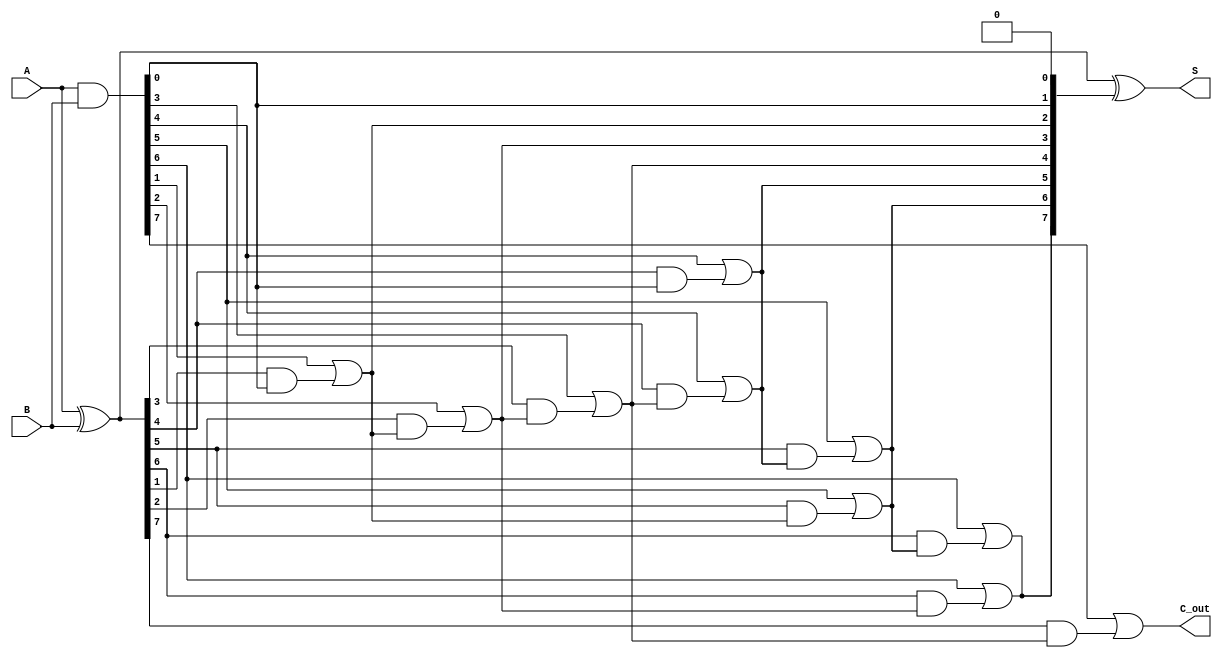
module ParallelPrefixAdder #(parameter N = 8) (
    input  [N-1:0] A,      // First n-bit input
    input  [N-1:0] B,      // Second n-bit input
    output [N-1:0] S,      // n-bit sum output
    output        C_out     // Carry out
);

    // Generate and Propagate signals
    wire [N-1:0] G; // Generate
    wire [N-1:0] P; // Propagate
    wire [N:0] C;    // Carry bits (C[0] is the initial carry)

    // Generate and Propagate calculations
    assign G = A & B;           // Generate
    assign P = A ^ B;           // Propagate
    assign C[0] = 1'b0;         // Initial carry is 0

    // Carry computation using a parallel prefix structure
    genvar i, j;
    generate
        // Level 1
        for (i = 0; i < N-1; i = i + 1) begin: level1
            assign C[i+1] = G[i] | (P[i] & C[i]);
        end

        // Level 2 (for simplicity, we can combine pairs)
        for (j = 0; j < N/2; j = j + 1) begin: level2
            assign C[j+N/2+1] = G[j+N/2] | (P[j+N/2] & C[j+1]);
        end
    endgenerate

    // Final carry out
    assign C_out = C[N];

    // Sum calculation
    assign S = P ^ C[N-1:0]; // Sum bits

endmodule